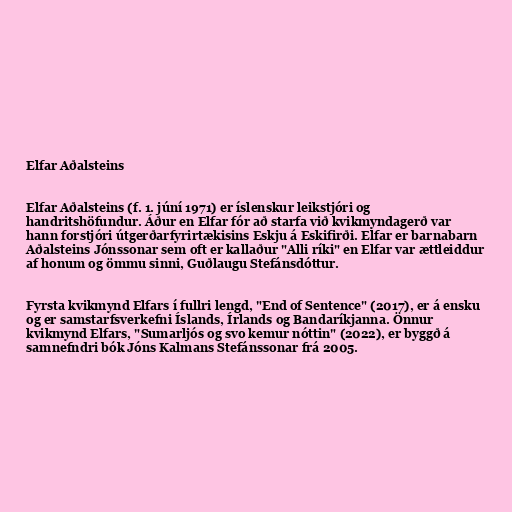
Elfar Aðalsteins

Elfar Aðalsteins (f. 1. júní 1971) er íslenskur leikstjóri og
handritshöfundur. Áður en Elfar fór að starfa við kvikmyndagerð var
hann forstjóri útgerðarfyrirtækisins Eskju á Eskifirði. Elfar er barnabarn
Aðalsteins Jónssonar sem oft er kallaður "Alli ríki" en Elfar var ættleiddur
af honum og ömmu sinni, Guðlaugu Stefánsdóttur.

Fyrsta kvikmynd Elfars í fullri lengd, "End of Sentence" (2017), er á ensku
og er samstarfsverkefni Íslands, Írlands og Bandaríkjanna. Önnur
kvikmynd Elfars, "Sumarljós og svo kemur nóttin" (2022), er byggð á
samnefndri bók Jóns Kalmans Stefánssonar frá 2005.